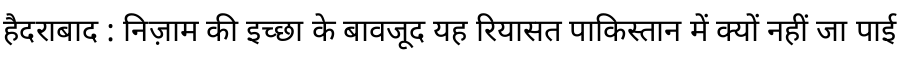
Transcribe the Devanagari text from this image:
हैदराबाद : निज़ाम की इच्छा के बावजूद यह रियासत पाकिस्तान में क्यों नहीं जा पाई